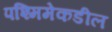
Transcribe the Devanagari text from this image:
पश्मिमेकडील